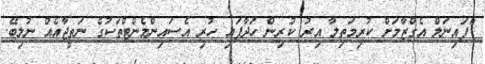
"ފައިނަލް އެގްޒާމަށް ކުރިމަތިލާ އިރު ކުރިން ހަދާފައި ހުރި އެސައިންމެންޓްތަކުގެ ނަތީޖާއެއް ނުލިބޭ.